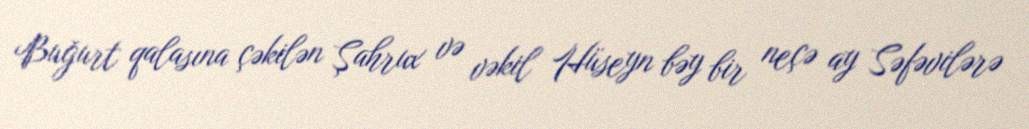
Buğurt qalasına çəkilən Şahrux və vəkil Hüseyn bəy bir neçə ay Səfəvilərə